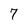
Character: 7